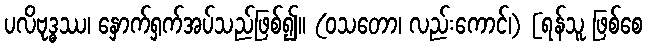
ပလိဗုဒ္ဓဿ၊ နှောက်ရှက်အပ်သည်ဖြစ်၍။ (ဝသတော၊ လည်းကောင်၊) [ရန်သူ ဖြစ်စေ